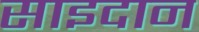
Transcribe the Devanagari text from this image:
साइदान